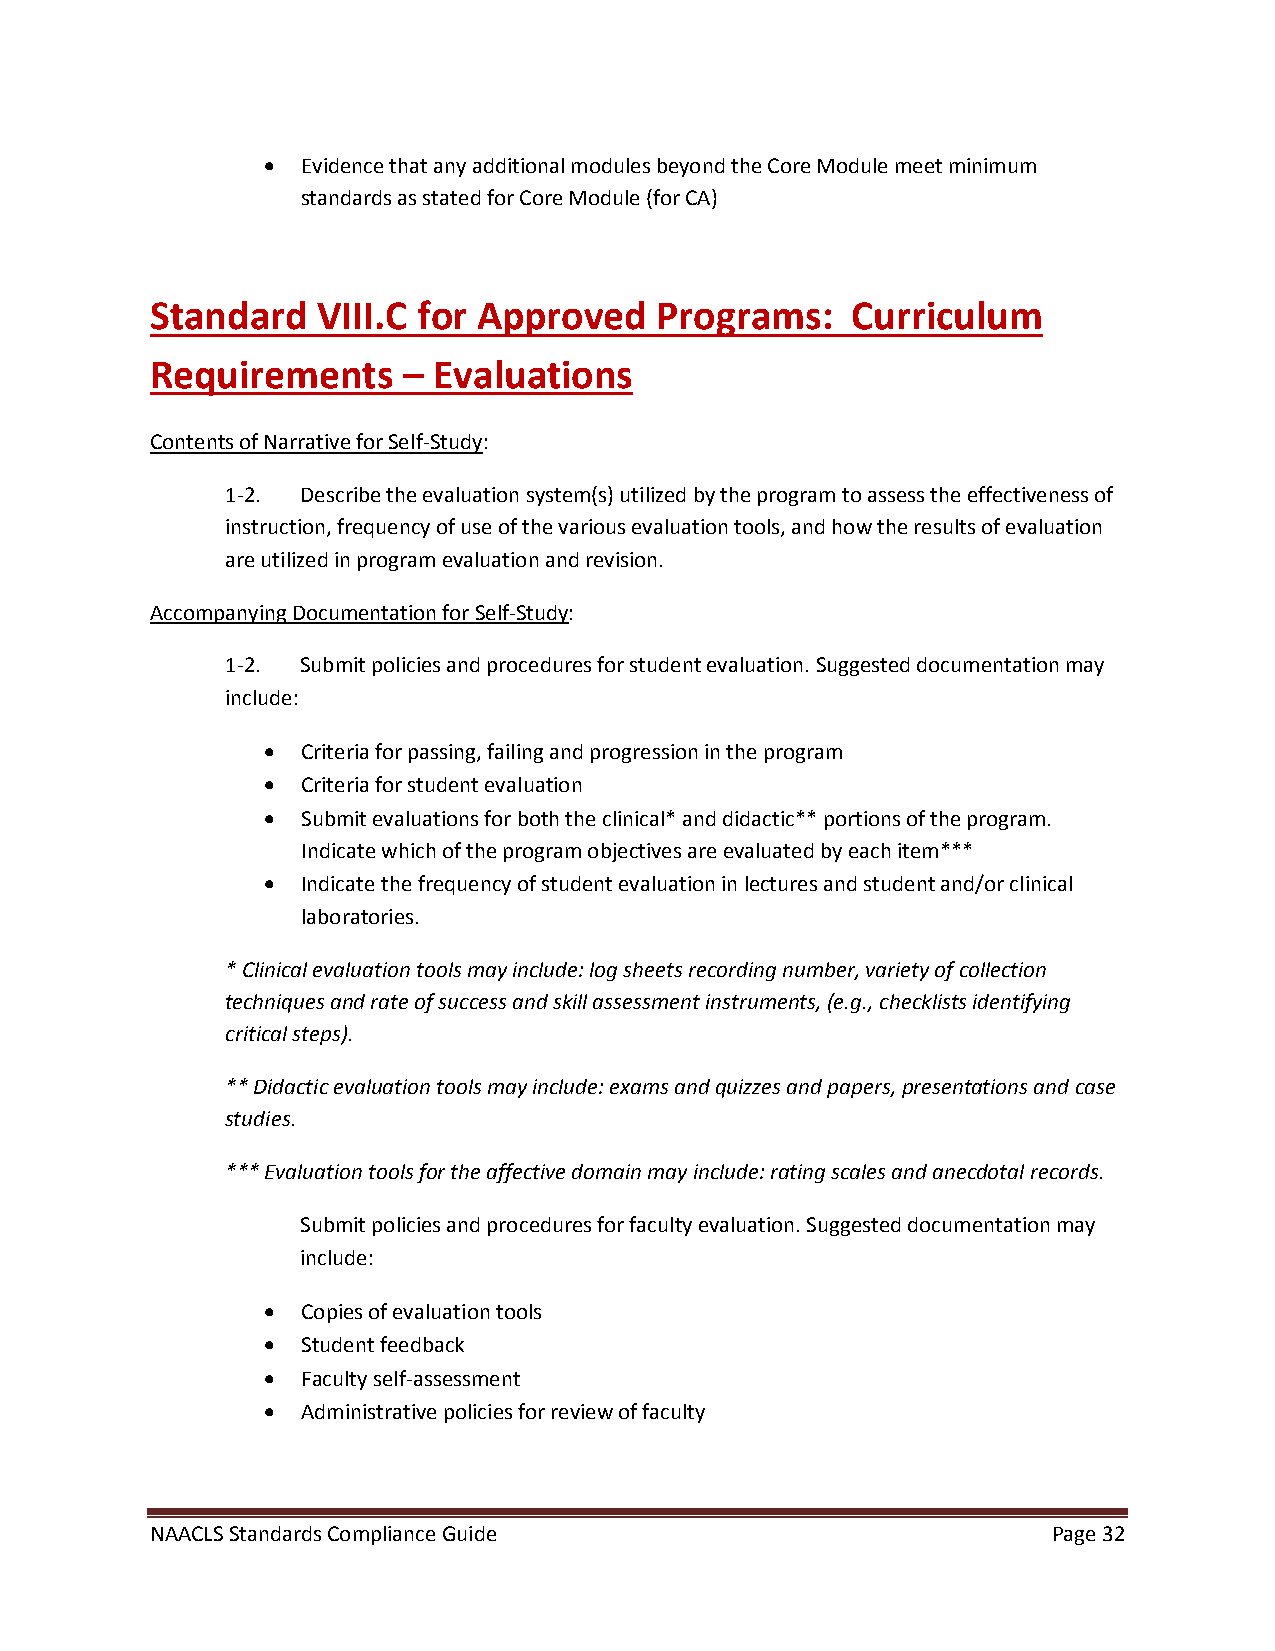
•  Evidence that any additional modules beyond the Core Module meet minimum
 standards as stated for Core Module (for CA)
 Standard   VIII.C for Approved   Programs:    Curriculum
 Requirements     – Evaluations
 Contents of Narrative for Self-Study:
 1-2. Describe the evaluation system(s) utilized by the program to assess the effectiveness of
 instruction, frequency of use of the various evaluation tools, and how the results of evaluation
 are utilized in program evaluation and revision.
 Accompanying Documentation for Self-Study:
 1-2. Submit policies and procedures for student evaluation. Suggested documentation may
 include:
 •  Criteria for passing, failing and progression in the program
 •  Criteria for student evaluation
 •  Submit evaluations for both the clinical* and didactic** portions of the program.
 Indicate which of the program objectives are evaluated by each item***
 •  Indicate the frequency of student evaluation in lectures and student and/or clinical
 laboratories.
 * Clinical evaluation tools may include: log sheets recording number, variety of collection
 techniques and rate of success and skill assessment instruments, (e.g., checklists identifying
 critical steps).
 ** Didactic evaluation tools may include: exams and quizzes and papers, presentations and case
 studies.
 *** Evaluation tools for the affective domain may include: rating scales and anecdotal records.
 Submit policies and procedures for faculty evaluation. Suggested documentation may
 include:
 •  Copies of evaluation tools
 •  Student feedback
 •  Faculty self-assessment
 •  Administrative policies for review of faculty
 NAACLS Standards Compliance Guide                           Page 32